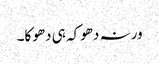
ورنہ دھوکہ ہی دھوکا۔